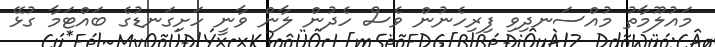
މައުލޫމާތު މުއްސަނދިވި ފިރިހެނުން ވެސް ހެދުން ލާން ވާނީ ހަށިގަނޑުގެ ބައްޓަމާ ގުޅޭ